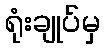
ရုံးချုပ်မှ